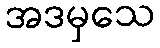
အဒမှသေ